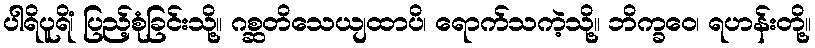
ပါရိပူရိံ၊ ပြည့်စုံခြင်းသို့။ ဂစ္ဆတိသေယျထာပိ၊ ရောက်သကဲ့သို့။ ဘိက္ခဝေ၊ ရဟန်းတို့။